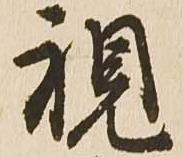
視